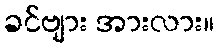
ခင်ဗျား အားလား။